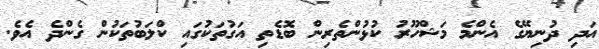
އަދި ދުނިޔޭގެ އެންމެ މަޝްހޫރު ކުޅުންތެރިން ބޮޑެތި އަގުތަކުގައި ކްލަބުތަކުން ގެންދެ އެވެ.